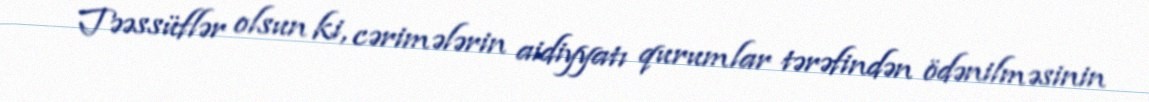
Təəssüflər olsun ki, cərimələrin aidiyyatı qurumlar tərəfindən ödənilməsinin